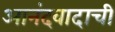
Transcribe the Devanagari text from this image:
आनंदवादाची